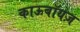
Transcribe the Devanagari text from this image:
काऊबॉयज़